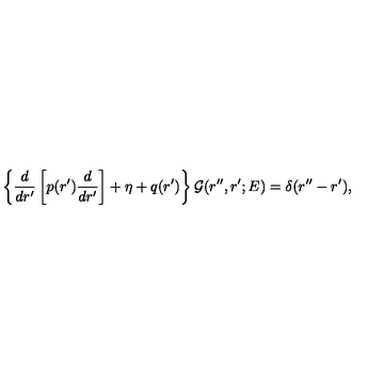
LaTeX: \left\{ \frac { d } { d r ^ { \prime } } \left[ p ( r ^ { \prime } ) \frac { d } { d r ^ { \prime } } \right] + \eta + q ( r ^ { \prime } ) \right\} { \mathcal G } ( r ^ { \prime \prime } , r ^ { \prime } ; E ) = \delta ( r ^ { \prime \prime } - r ^ { \prime } ) ,